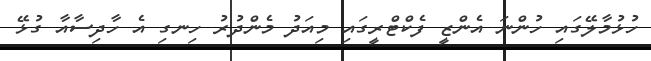
ހުޅުމާލޭގައި ހުންނަ އެންޒީ ފެކްޓްރީގައި މިއަދު މެންދުރު ހިނގި އެ ހާދިސާއާ ގުޅޭ